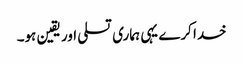
خدا کرے یہی ہماری تسلی اور یقین ہو۔